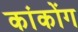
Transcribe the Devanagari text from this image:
कांकोंग